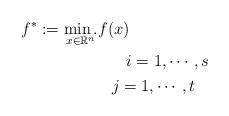
LaTeX: \begin{align*}f^*:= \underset{x\in\mathbb{R}^n}{\min.} & f(x)\\ & \;\;\quad\, i=1,\cdots,s \\& \;\; \; j=1,\cdots,t \end{align*}